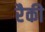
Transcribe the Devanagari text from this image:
रैकी